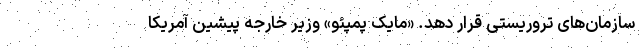
سازمان‌های تروریستی قرار دهد. «مایک پمپئو» وزیر خارجه پیشین آمریکا